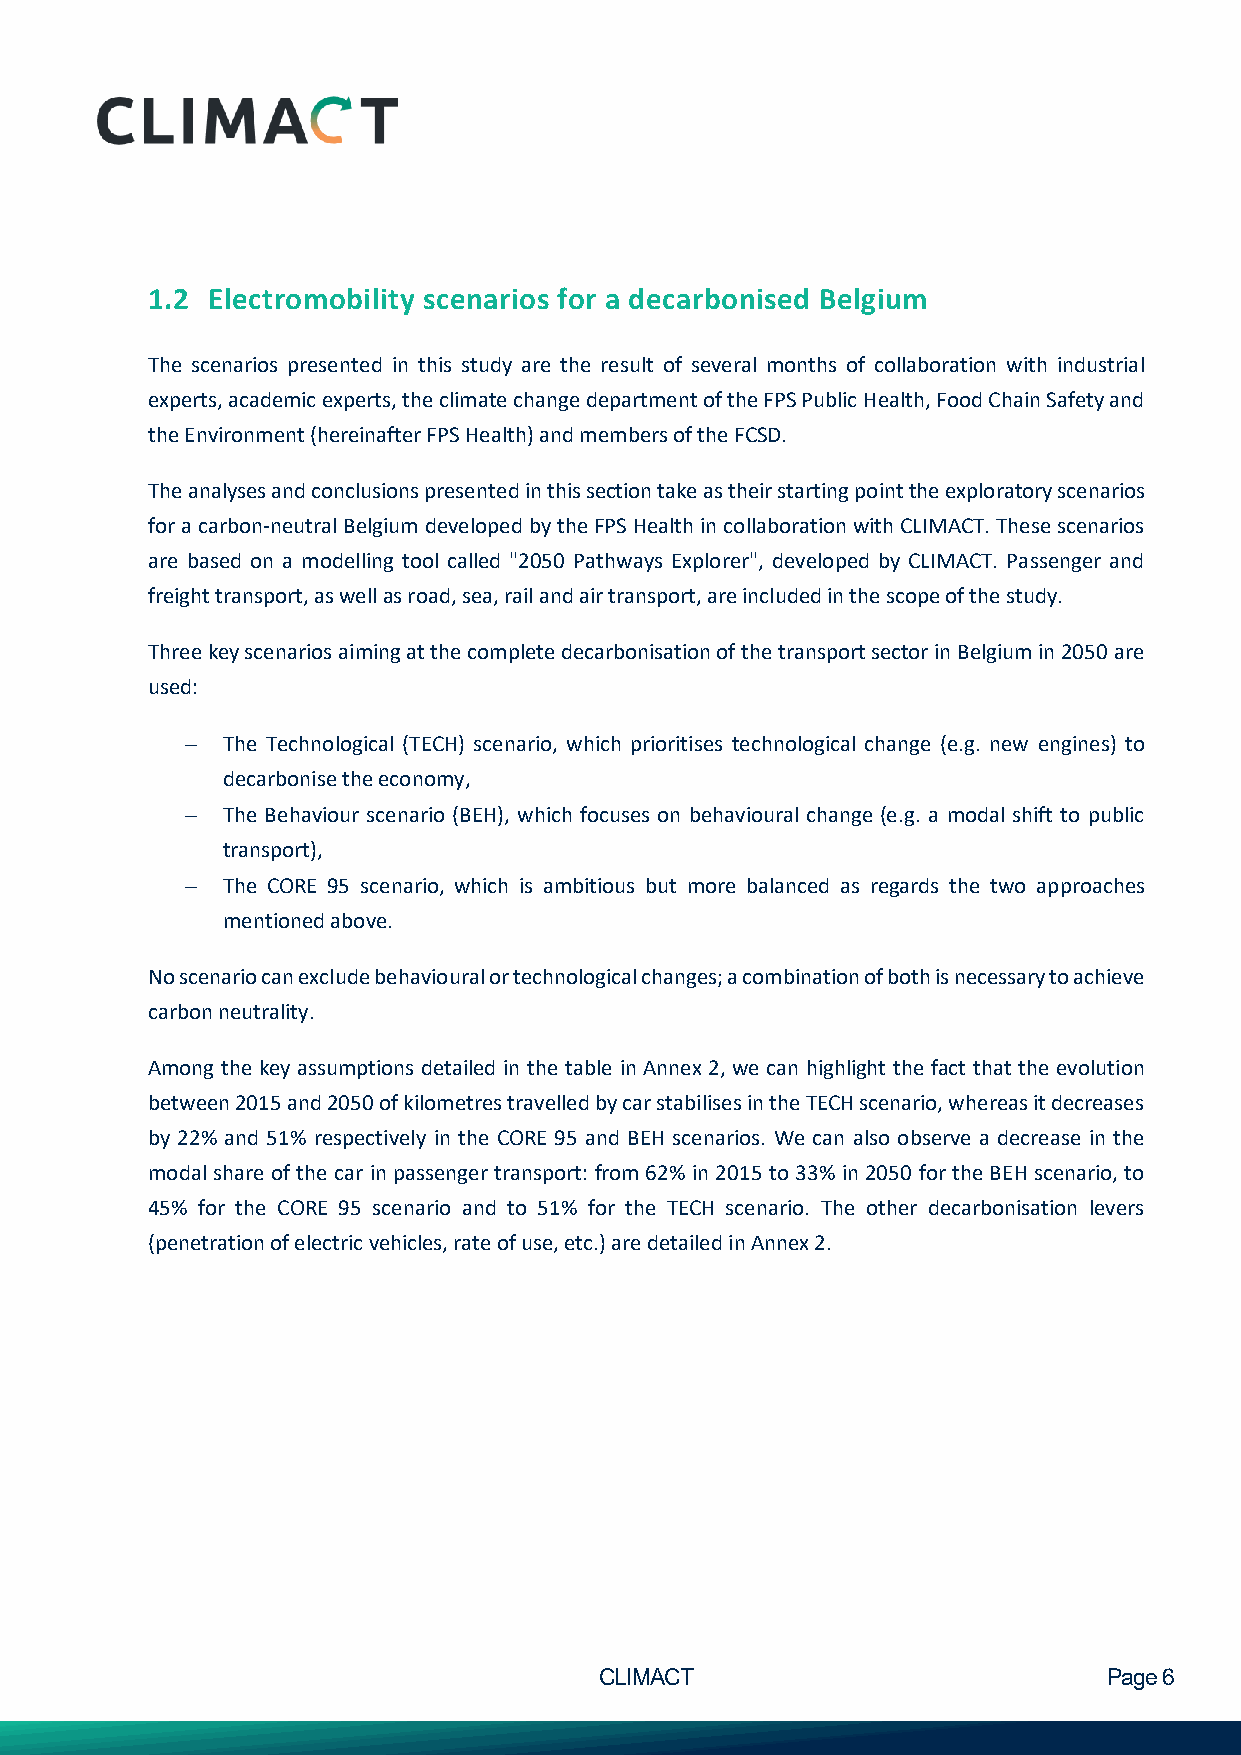
1.2 Electromobility scenarios for a decarbonised Belgium
 The scenarios presented in this study are the result of several months of collaboration with industrial
 experts, academic experts, the climate change department of the FPS Public Health, Food Chain Safety and
 the Environment (hereinafter FPS Health) and members of the FCSD.
 The analyses and conclusions presented in this section take as their starting point the exploratory scenarios
 for a carbon-neutral Belgium developed by the FPS Health in collaboration with CLIMACT. These scenarios
 are based on a modelling tool called "2050 Pathways Explorer", developed by CLIMACT. Passenger and
 freight transport, as well as road, sea, rail and air transport, are included in the scope of the study.
 Three key scenarios aiming at the complete decarbonisation of the transport sector in Belgium in 2050 are
 used:
 −  The Technological (TECH) scenario, which prioritises technological change (e.g. new engines) to
 decarbonise the economy,
 −  The Behaviour scenario (BEH), which focuses on behavioural change (e.g. a modal shift to public
 transport),
 −  The CORE 95 scenario, which is ambitious but more balanced as regards the two approaches
 mentioned above.
 No scenario can exclude behavioural or technological changes; a combination of both is necessary to achieve
 carbon neutrality.
 Among the key assumptions detailed in the table in Annex 2, we can highlight the fact that the evolution
 between 2015 and 2050 of kilometres travelled by car stabilises in the TECH scenario, whereas it decreases
 by 22% and 51% respectively in the CORE 95 and BEH scenarios. We can also observe a decrease in the
 modal share of the car in passenger transport: from 62% in 2015 to 33% in 2050 for the BEH scenario, to
 45% for the CORE 95 scenario and to 51% for the TECH scenario. The other decarbonisation levers
 (penetration of electric vehicles, rate of use, etc.) are detailed in Annex 2.
 CLIMACT                          Page 6